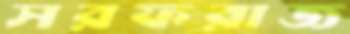
সরফরাজ